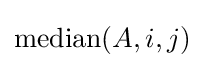
\operatorname {median} (A,i,j)